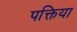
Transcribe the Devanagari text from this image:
पक्तिया